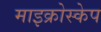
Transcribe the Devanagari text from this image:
माइक्रोस्केप